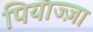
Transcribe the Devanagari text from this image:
पियाज्ज़ा